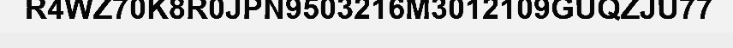
R4WZ70K8R0JPN9503216M3012109GUQZJU77